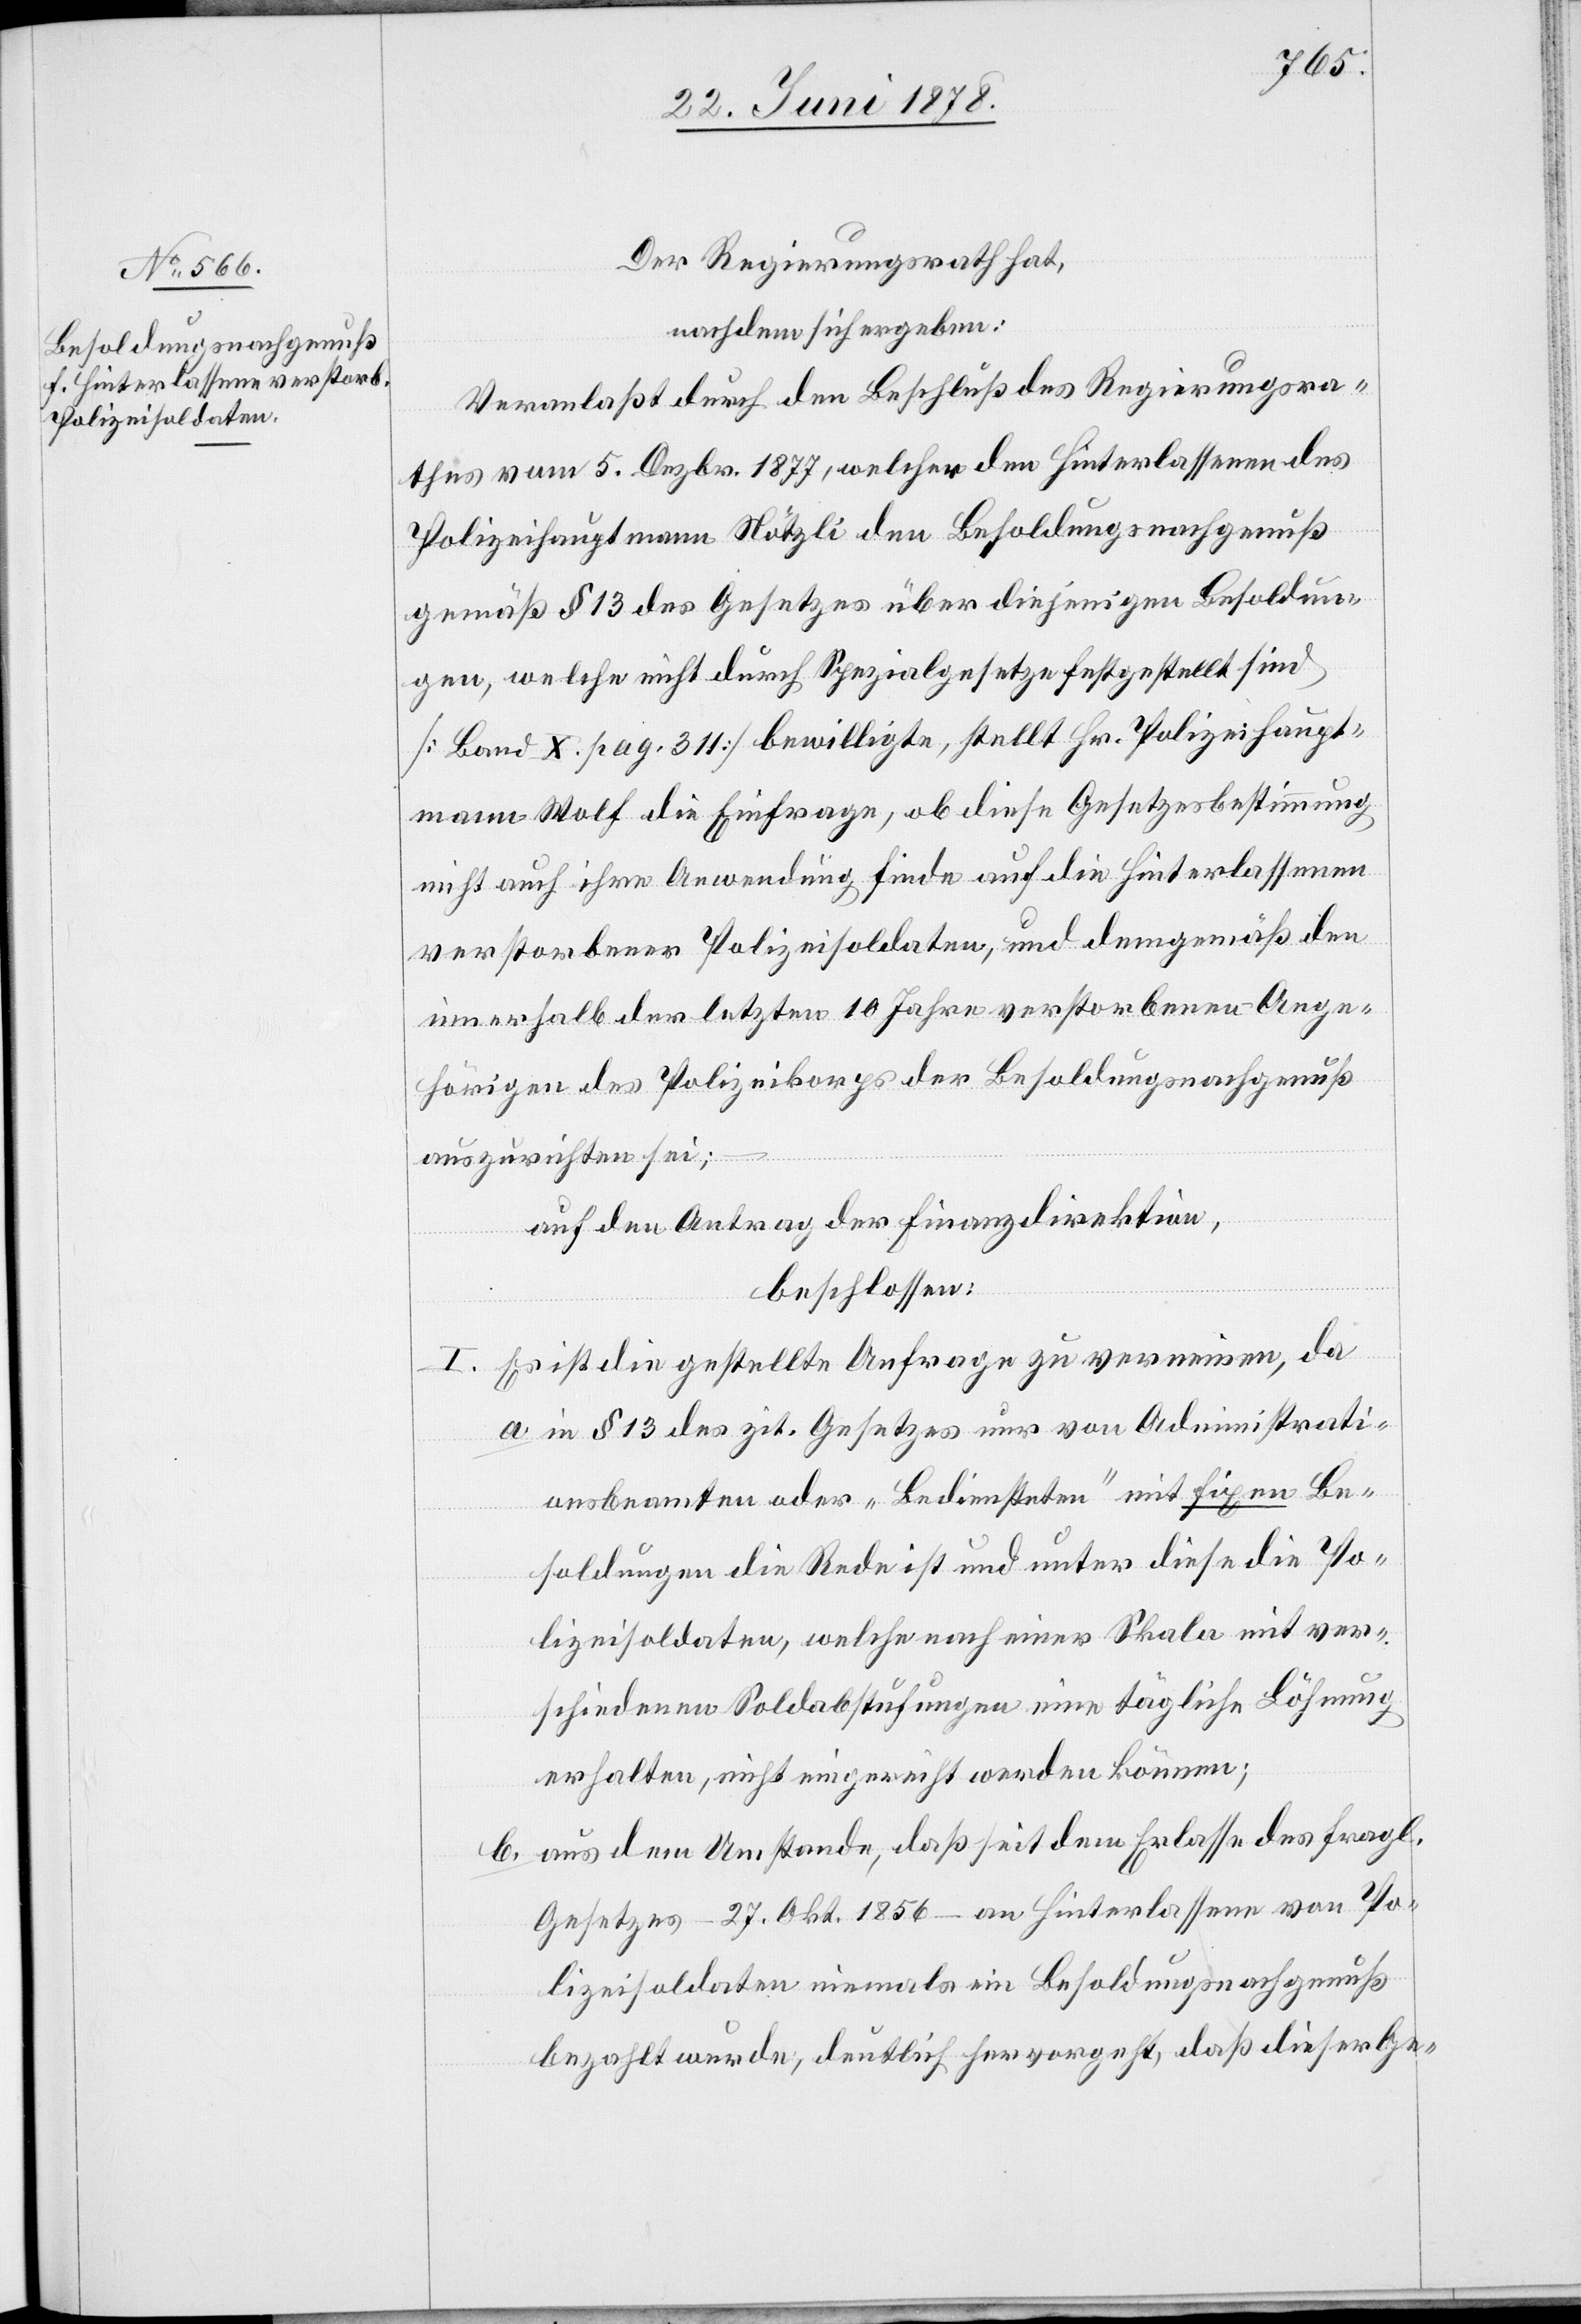
Der Regierungsrath hat,
nachdem sich ergeben:
Veranlaßt durch den Beschluß des Regierungsra¬
thes vom 5. Dezbr. 1877, welcher den Hinterlassenen des
Polizeihauptmann Nötzli den Besoldungsnachgenuß
gemäß § 13 des Gesetzes über diejenigen Besoldun¬
gen, welche nicht durch Spezialgesetze festgestellt sind
[Band X. pag. 311] bewilligte, stellt Hr. Polizeihaupt¬
mann Wolf die Einfrage, ob diese Gesetzesbestimmung
nicht auch ihre Anwendung finde auf die Hinterlassenen
verstorbener Polizeisoldaten, und demgemäß den
innerhalb der letzten 10 Jahre verstorbenen Ange¬
hörigen des Polizeikorps der Besoldungsnachgenuß
auszurichten sei;
auf den Antrag der Finanzdirektion,
beschlossen:
I. Es ist die gestellte Anfrage zu verneinen, da
a. in § 13 des zit. Gesetzes nur von Administrati¬
onsbeamten oder „Bediensteten“ mit fixen Be¬
soldungen die Rede ist und unter diese die Po¬
lizeisoldaten, welche nach einer Skala mit ver¬
schiedenen Soldabstufungen eine tägliche Löhnung
erhalten, nicht eingereicht werden können;
b. aus dem Umstande, daß seit dem Erlasse des fragl.
Gesetzes – 27. Okt. 1856 – an Hinterlassene von Po¬
lizeisoldaten niemals ein Besoldungsnachgenuß
bezahlt wurde, deutlich hervorgeht, daß dieser Ge-